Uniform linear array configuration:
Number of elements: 16
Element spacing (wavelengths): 0.5
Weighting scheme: uniform
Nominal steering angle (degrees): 15
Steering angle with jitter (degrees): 16.179
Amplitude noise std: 0.05
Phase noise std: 0.05

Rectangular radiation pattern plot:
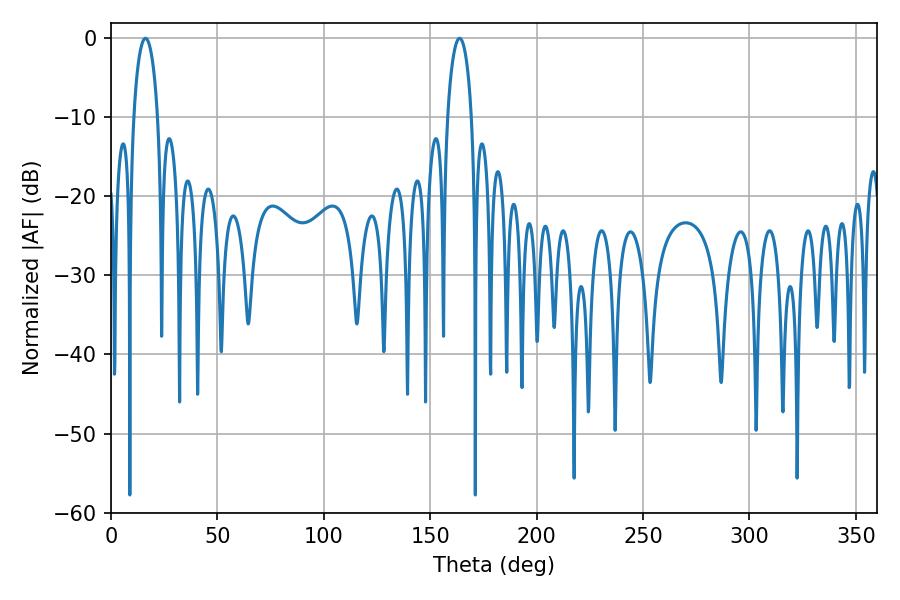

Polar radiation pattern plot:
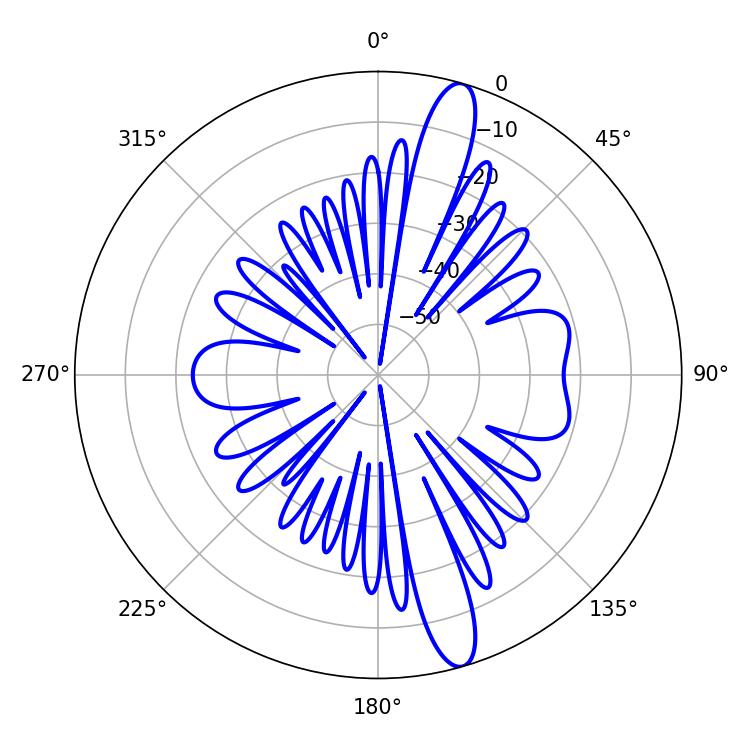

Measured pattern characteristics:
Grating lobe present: FALSE
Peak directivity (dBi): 14.271
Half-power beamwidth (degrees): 6.48
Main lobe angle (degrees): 16.2